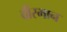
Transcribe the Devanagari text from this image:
वीरमान